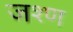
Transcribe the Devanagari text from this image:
जश्ण